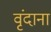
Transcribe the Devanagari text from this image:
वृंदाना